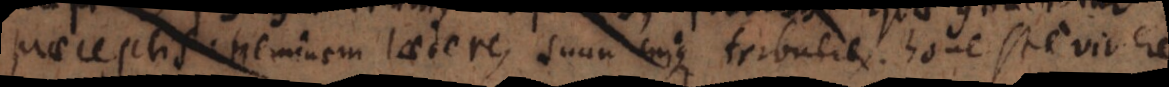
praeceptis: neminem laedere, suum cuique tribuere, honeste vivere.